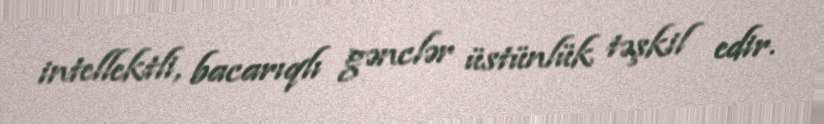
intellektli, bacarıqlı gənclər üstünlük təşkil edir.